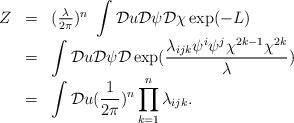
LaTeX: \begin{align*}\begin{array}{lll}Z&=&(\frac{\lambda}{2\pi})^n\ \displaystyle\int {\cal D}u {\cal D}\psi {\cal D} \chi \exp (-L)\\ ~&=&\displaystyle\int {\cal D}u {\cal D}\psi {\cal D} \exp(\frac{\lambda_{ijk}\psi^i \psi^j \chi^{2k-1} \chi^{2k}}{\lambda})\\ ~&=&\displaystyle\int {\cal D}u (\frac{1}{2\pi})^n \prod\limits_{k=1}^{n}\lambda_{ijk}.\end{array}\end{align*}